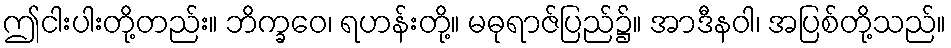
ဤငါးပါးတို့တည်း။ ဘိက္ခဝေ၊ ရဟန်းတို့။ မဓုရာဇ်ပြည်၌။ အာဒီနဝါ၊ အပြစ်တို့သည်။